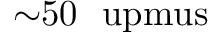
{ \sim } 5 0 ~ \mathrm { \ u p m u s }